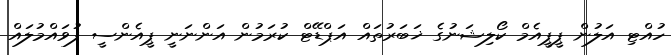
ހުއްޓި އަލުން ޕީޕީއެމް ކޯލިޝަނުގެ ޚަބަރުތައް އަޕްޑޭޓް ކުރަމުން އަންނަނީ ޕީއެންސީ ފުވައްމުލައް